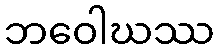
ဘဝေါဃဿ